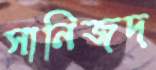
সানিজদ